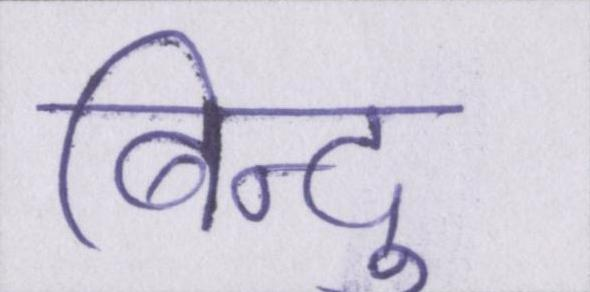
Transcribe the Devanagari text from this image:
बिन्दु